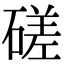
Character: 磋